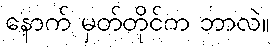
နောက် မှတ်တိုင်က ဘာလဲ။